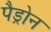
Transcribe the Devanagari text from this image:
पैड्रोन